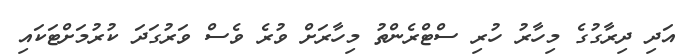
އަދި ދިރާގުގެ މިހާރު ހުރި ސްޓްރެންތު މިހާރަށް ވުރެ ވެސް ވަރުގަދަ ކުރުމަށްޓަކައި